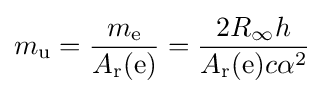
m_{\rm {u}}={\frac {m_{\rm {e}}}{A_{\rm {r}}({\rm {e}})}}={\frac {2R_{\infty }h}{A_{\rm {r}}({\rm {e}})c\alpha ^{2}}}